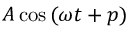
A \cos \, ( \omega t + p )